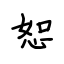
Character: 恕